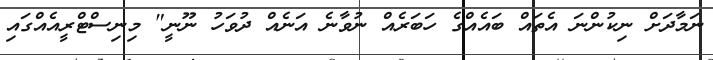
ނަމާދަށް ނިކުންނަ އެތައް ބައެއްގެ ހަބަރެއް ނުވާނެ އަނެއް ދުވަހު ނޫނީ" މިނިސްޓްރީއެއްގައި